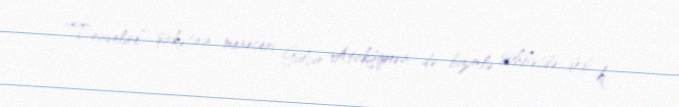
“Traveline” şirkətinin meneceri Gülçin Atakişiyeva də bizimlə söhbətdə dedi ki,